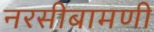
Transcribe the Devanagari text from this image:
नरसीबामणी